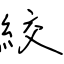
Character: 絞